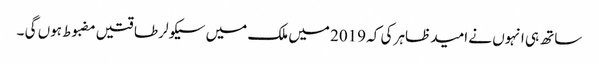
ساتھ ہی انہوں نے امید ظاہر کی کہ 2019 میں ملک میں سیکولر طاقتیں مضبوط ہوں گی ۔